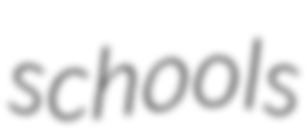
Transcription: schools